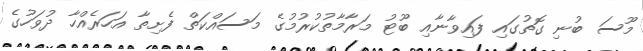
މޫސަ ބުނި ގޮތުގައި ފައިވާނާއި ބޫޓު މަރާމާތުކުރުމުގެ މަސައްކަތް ފެށިތާ އަހަރެއްހާ ދުވަހުގެ